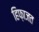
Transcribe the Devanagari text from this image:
हिफ़ाजत